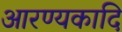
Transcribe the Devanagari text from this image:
आरण्यकादि